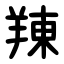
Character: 䍶